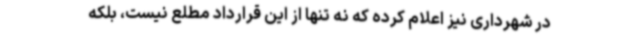
در شهرداری نیز اعلام کرده که نه تنها از این قرارداد مطلع نیست، بلکه